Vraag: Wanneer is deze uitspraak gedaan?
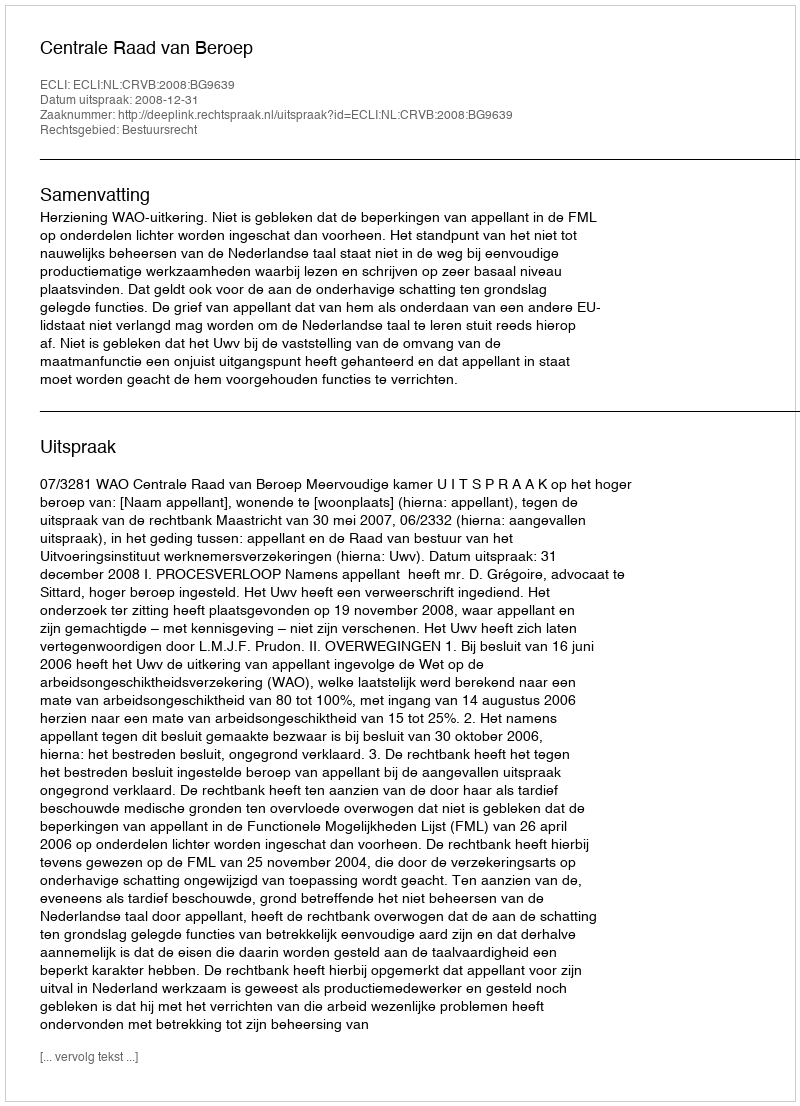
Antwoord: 2008-12-31